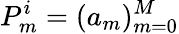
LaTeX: P_{m}^{i}=(a_{m})_{m=0}^{M}